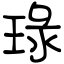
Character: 琭